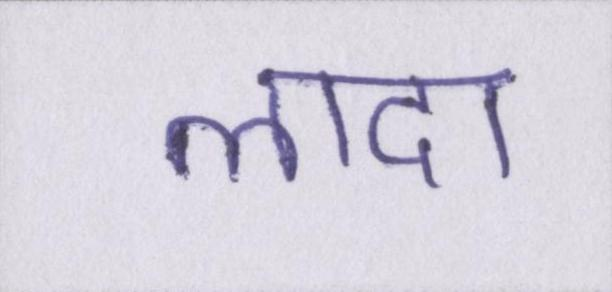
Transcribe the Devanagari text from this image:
लादा